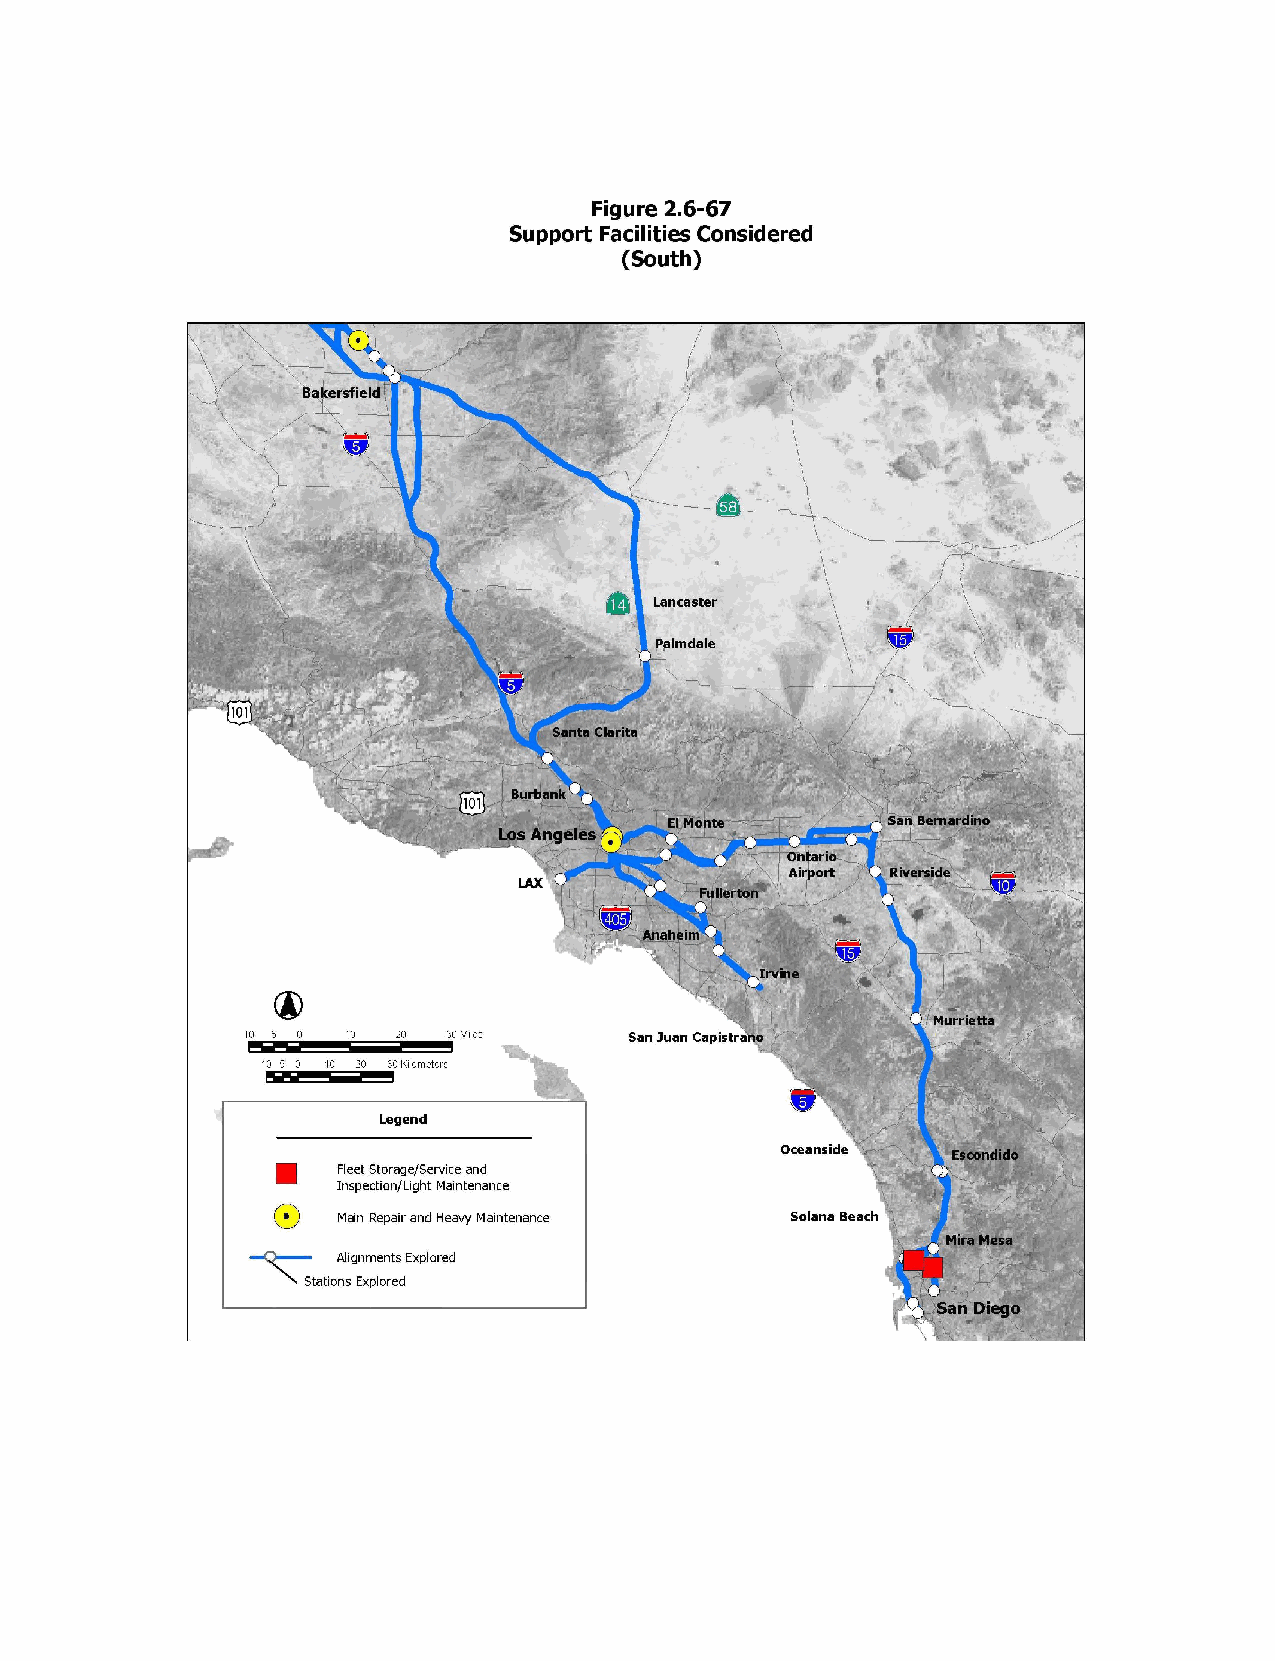
Figure 2.6-67
 Support Facilities Considered
 (South)
 Bakersfield
 Lancaster
 Palmdale
 Santa Clarita
 Burbank
 El Monte       San Bemardino
 Los Angeles
 Airport Riverside
 LAX
 Fullerton
 Anaheim
 Irvine
 5    10     30                              Murrietta
 10  0     20  Miles       San Juan Capistrano
 10 5 0 10 20 30 Kilometers
 Legend
 Oceanside  Escondido
 Fleet Storage/Service and
 Inspection/Light Maintenance
 Main Repair and Heavy Maintenance Solana Beach
 Mira Mesa
 Alignments Explored
 Stations Explored
 San Diego